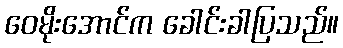
ဝေမိုးအောင်က ခေါင်းခါပြသည်။